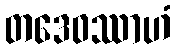
တဒေဝဿာဟံ